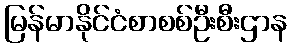
မြန်မာနိုင်ငံစာစစ်ဦးစီးဌာန